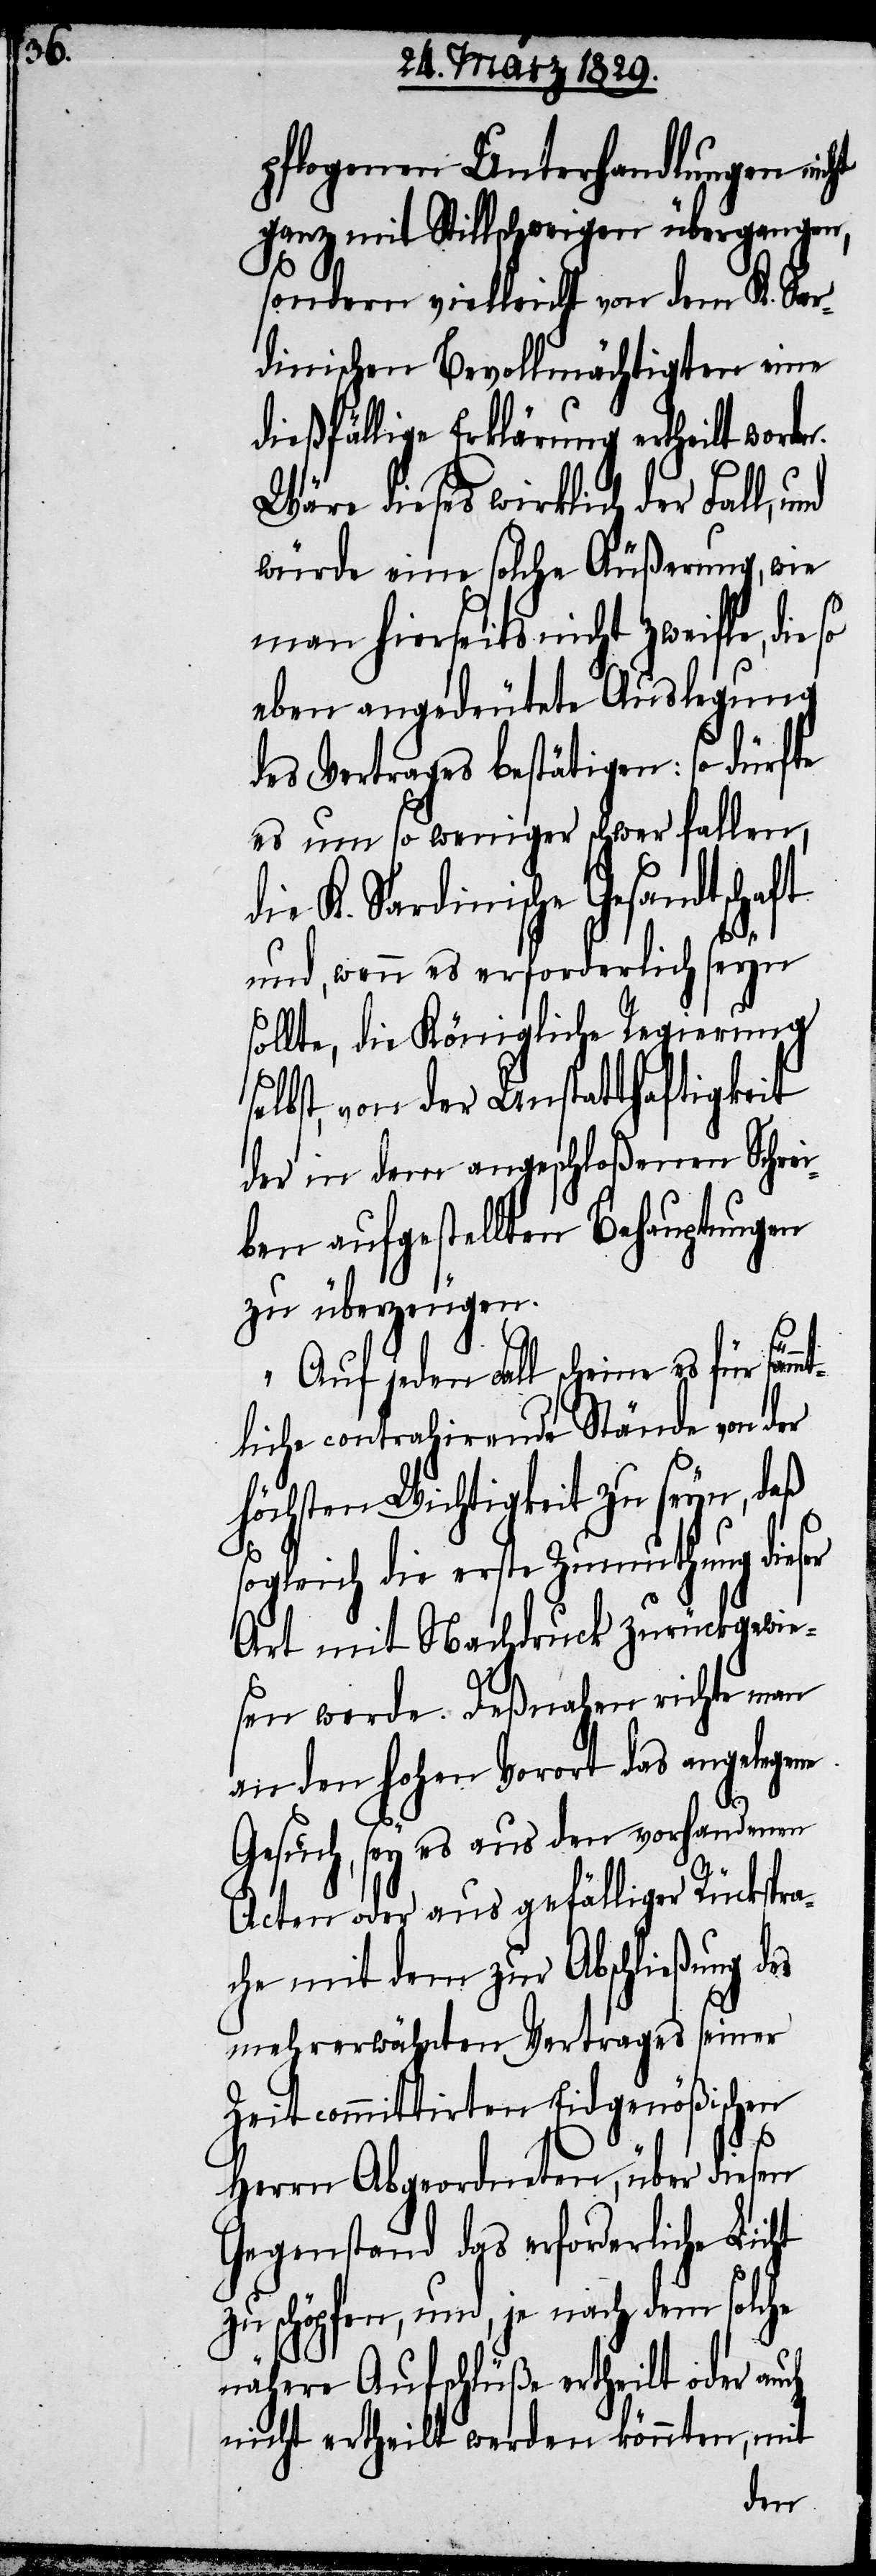
pflogenen Unterhandlungen nic¬
ht ganz mit Stillschweigen übergangen,
sondern vielleicht von dem K. Sar¬
dinischen Bevollmächtigen eine
dießfällige Erklärung ertheilt wor¬
Wäre dieses wirklich der Fall, und
würde eine solche Äußerung, wie
man hierseits nicht zweifle, die
eben angedeutete Auslegung
des Vertrages bestätigen: so dürfte
es um so weniger schwer fallen,
K. Sardinische Gesandtschaft
und, wenn es erforderlichen seyn
sollte, die Königliche Regierung
selbst, von der Unstatthaftigkeit
der in dem angeschloßenen Schrei¬
ben aufgestellten Behauptungen
zu überzeugen.“
Auf jeden Fall scheine es für säm¬
mtliche contrahirende Stände von der
höchsten Wichtigkeit zu seyn, daß
sogleich die erste Zumuthung dieser
Art mit Nachdruck zurückgewie¬
sen werde. Deßnahen richte man
an den hohen Vorort das angelegene
Gesuch, sey es aus den vorhandenen
Acten der aus gefälliger Rückspra¬
che mit dem zur Abschließung
Zeit committirten Eidgenößischen
Herrn Abgeordneten, über diesen
Gegenstand das erforderliche Licht
zu schöpfen, und, je nach dem solche
nähere Aufschlüße ertheilt oder auch
nicht ertheilt werden könnten, mit
den.